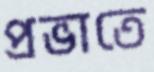
প্রভাতে